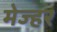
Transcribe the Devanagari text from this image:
मेज्हर